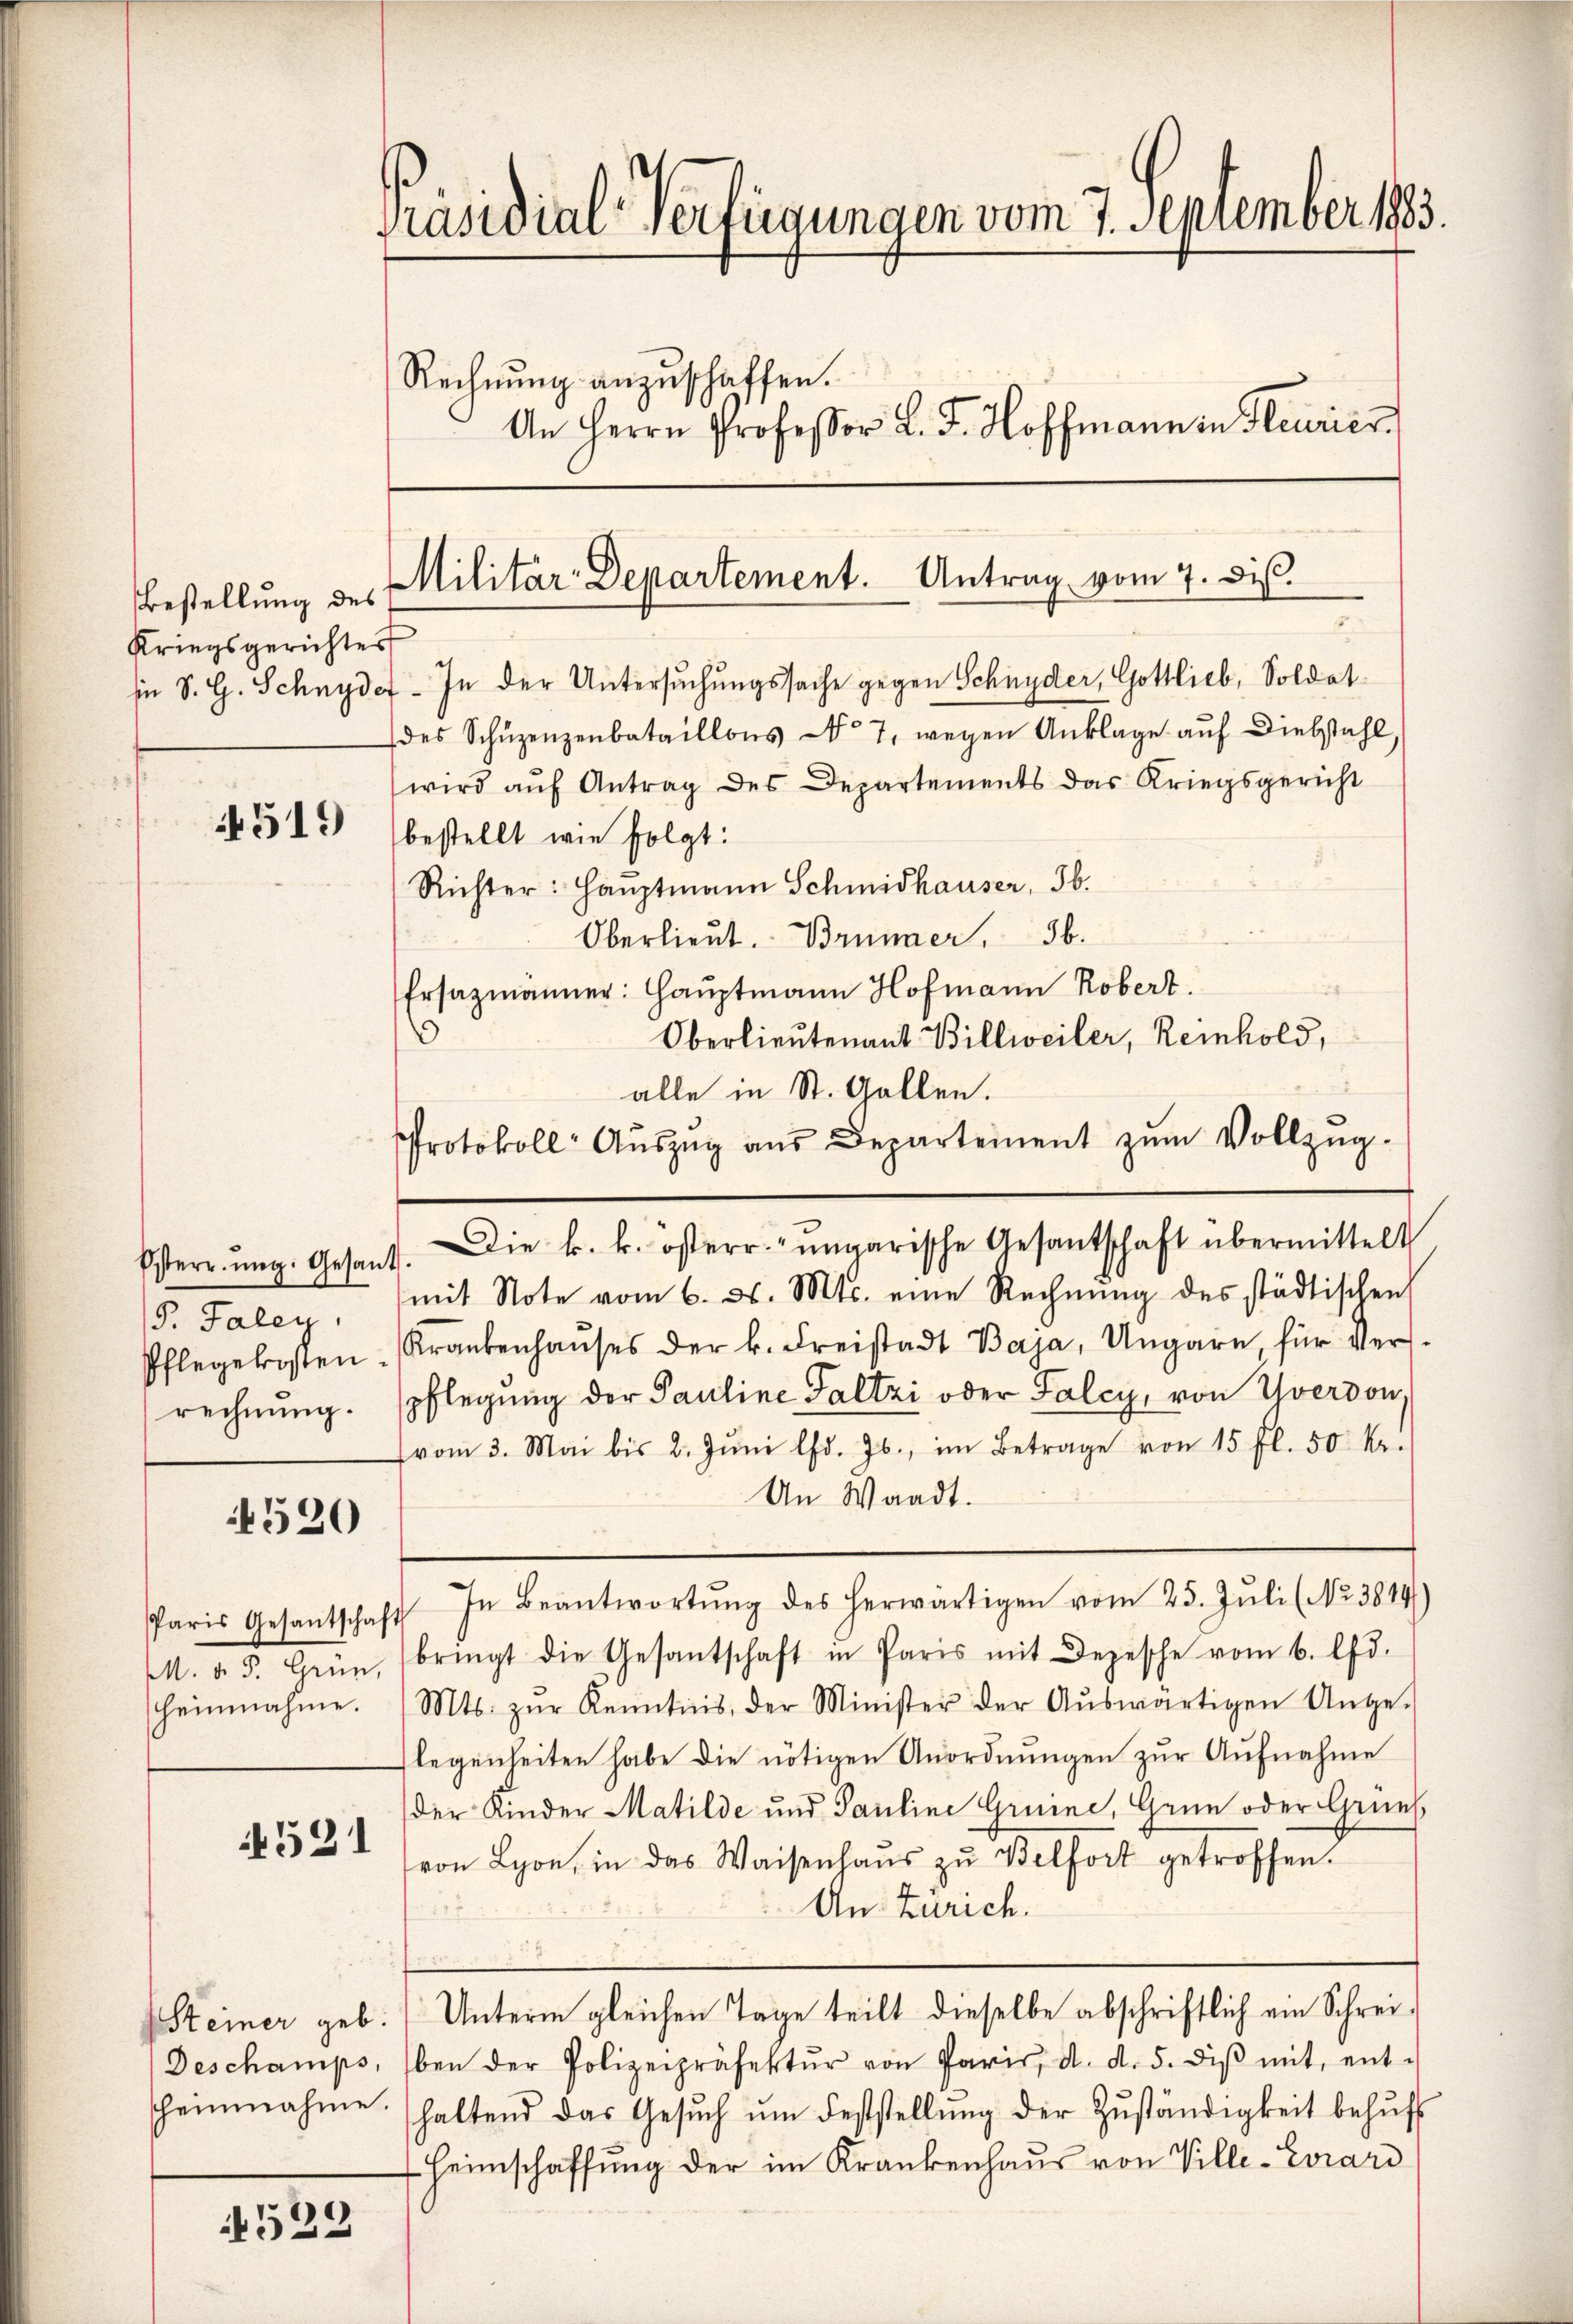
Bestellung des
Kriegsgerichter

4519

S. Taley.
rechnung.

4520

Paris Gesantschaft
heimnahme.

4531

4529

Präsidial-Verfügungen vom 7. September 1883.
Rechnung anzuschaffen.
An Herrn Professor L. J. Hoffmann in Heurier

Militar Departement. Antrag vom 7. di

in S. G. Schnydef. In der Untersuchungssache gegen Schnyder, Gottlieb, Soldat
des Schŭzenzenbataillons No. 7. wegen Anklage auf Diebstahl
wird auf Antrag des Departements das Kriegsgericht
bestellt wie folgt:
Richter: Haŭptmann Schmidhauser, 36.
Oberlieut. Brunner, 36.
Ersazmänner: Hauptmann Hofmann Robert.
Oberlieutenant Billweiler, Reinhold,
alle in St. Gallen.
Protokoll- Aŭszŭg aŭs Departement zŭm Vollzŭg-
Osterr. ŭng. Gesant. Die k. k. österr.-ungarische Gesantschaft übermittelt
mit Note vom 6. ds. Mts. eine Rechnŭng des städtischen
Pflegekosten Krankenhaŭses der k. Freistadt Baja, Ungarn, für Ver-
pflegung der Pauline Faltzi oder Falcy, von Uverdon,
vom 3. Mai bis 2. Jŭni l. Js., im Betrage von 15 fl. 50 kr.
An Waadt.
In Beantwortŭng des herwärtigen vom 25. Jŭli (No 3814)
M. v. 5. Grün, (bringt die Gesantschaft in Paris mit Depesche vom 6. Chr.
Mts. zŭr Kenntnis, der Minister der Aŭswärtigen Ange-
flegenheiten habe die nötigen Unordnungen zur Aufnahme
der Kinder Matilde und Pauline Gruine, Grün oder Grünfvon Lyon, in das Waisenhaŭs zŭ Belfort getroffen.
An Zürich.
Steiner geb. Unterm gleichen Tage teilt dieselbe abschriftlich ein Schrei¬
Deschamps, (ben der Polizeipräsektŭr von Paris, d. d. 5. diβ mit, ent-
scheinnahme. (haltend das Gesŭch ŭm Feststellŭng der Zŭständigkeit behŭf
Heimschaffung der im Krankenhaŭs von Ville-Evrari